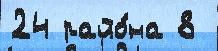
24 райо́на 8